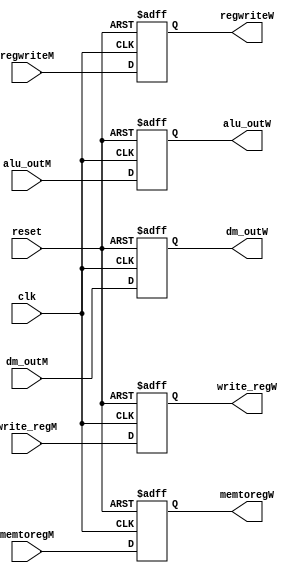
`timescale 1ns / 1ps
//////////////////////////////////////////////////////////////////////////////////
// Company: 
// Engineer: 
// 
// Design Name: 
// Module Name: MemToWb
// Project Name: 
// Target Devices: 
// Tool Versions: 
// Description: 
// 
// Dependencies: 
// 
// Revision:
// Revision 0.01 - File Created
// Additional Comments:
// 
//////////////////////////////////////////////////////////////////////////////////


module MemToWb(
    input clk, reset,
    input regwriteM,
    input memtoregM,
    output reg regwriteW,
    output reg memtoregW,
    input [31:0] alu_outM,
    output reg [31:0] alu_outW,
    input [31:0] dm_outM,
    output reg [31:0] dm_outW,
    input [4:0] write_regM,
    output reg [4:0] write_regW
    );
    always @(posedge clk, posedge reset) begin
        if (reset) begin
            regwriteW <= 0;
            memtoregW <= 0;
            alu_outW <= 0;
            dm_outW <= 0;
            write_regW <= 0;
        end
        else begin
            regwriteW <= regwriteM;
            memtoregW <= memtoregM;
            alu_outW <= alu_outM;
            dm_outW <= dm_outM;
            write_regW <= write_regM;
        end
    end
endmodule